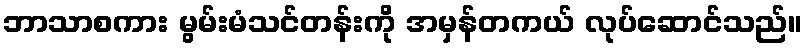
ဘာသာစကား မွမ်းမံသင်တန်းကို အမှန်တကယ် လုပ်ဆောင်သည်။